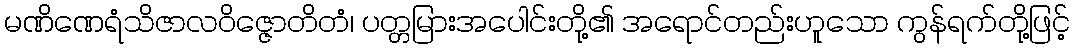
မဏိဏေရံသိဇာလဝိဇ္ဇောတိတံ၊ ပတ္တမြားအပေါင်းတို့၏ အရောင်တည်းဟူသော ကွန်ရက်တို့ဖြင့်